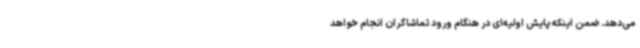
می‌دهد. ضمن اینکه پایش اولیه‌ای در هنگام ورود تماشاگران انجام خواهد